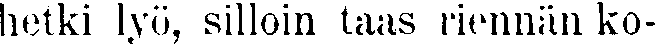
ketki lyö, »illoin taas riennän ko-